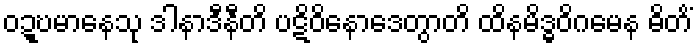
ဝဍ္ဎမာနေသု ဒါနာဒီနီတိ ပဋိဝိနောဒေတွာတိ ထိနမိဒ္ဓဝိဂမေန ဓိတိံ